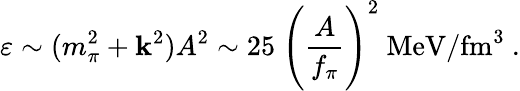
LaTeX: \varepsilon\sim(m_{\pi}^{2}+\mathbf{k}^{2})A^{2}\sim25\ \Biggl(\frac{{A}}{{f_{\pi}}}\Biggr)^{2}~\mathrm{{MeV}}/\mathrm{{fm}}^{3}\ .